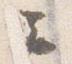
云